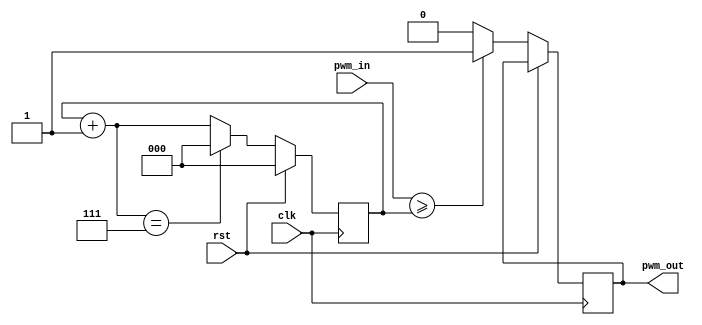
module pwm_generator(input clk, rst, input [2:0] pwm_in, output reg pwm_out);

reg [2:0] counter;
initial counter = 3'b0;
always@(posedge clk)
begin
  if (rst)
    counter = 3'b0;
  else begin
    if(pwm_in >= counter) pwm_out = 1'b1;
    else pwm_out = 1'b0;
    counter = counter +1;
    if(counter == 7) begin
      counter = 0;
    end
  end
end
endmodule